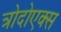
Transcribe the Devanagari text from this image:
त्रोदोएक्स